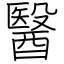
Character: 醫